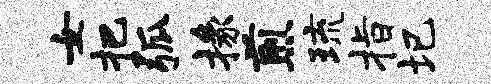
女把弧掾煎琉指圮